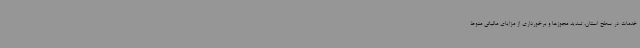
خدمات در سطح استان، تمدید مجوزها و برخورداری از مزایای مالیاتی منوط